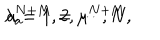
LaTeX: \lambda _ { a } ^ { N + M } = \mu ^ { N + M } , \hspace { 1 0 m m } a = 1 , 2 , \cdots , N .